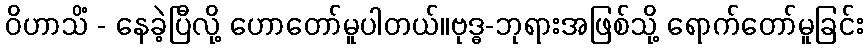
ဝိဟာသိံ - နေခဲ့ပြီလို့ ဟောတော်မူပါတယ်။ဗုဒ္ဓ-ဘုရားအဖြစ်သို့ ရောက်တော်မူခြင်း